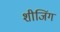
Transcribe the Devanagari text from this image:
शीजिंग